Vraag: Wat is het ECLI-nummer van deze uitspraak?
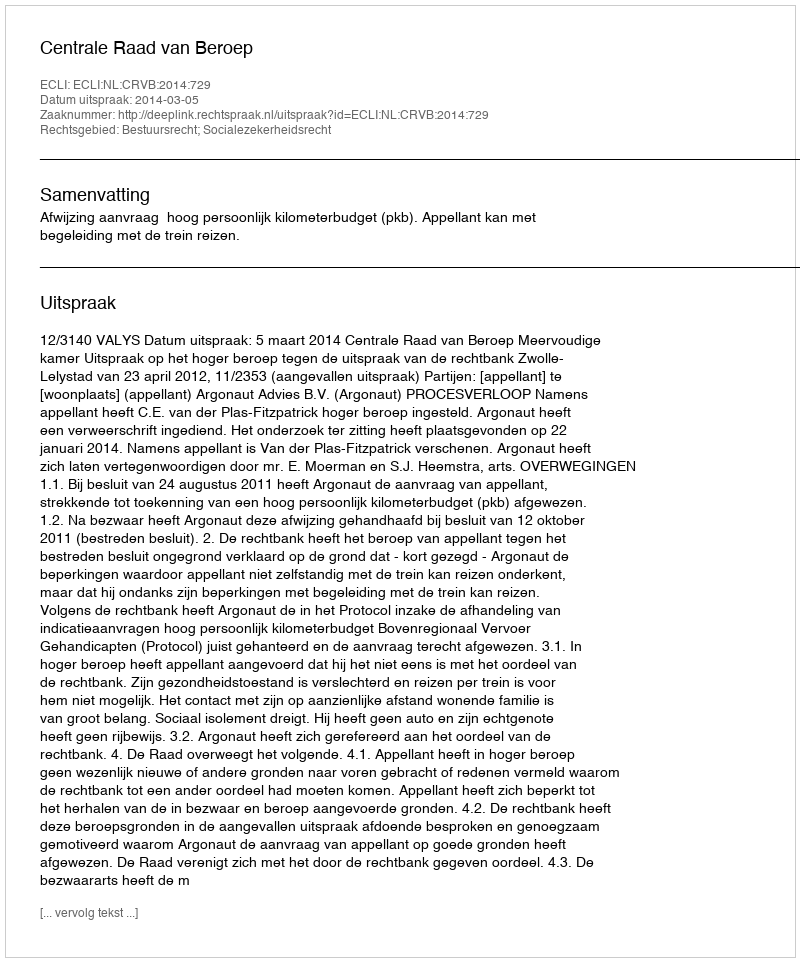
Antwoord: ECLI:NL:CRVB:2014:729